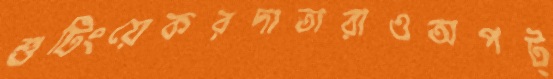
শুটিংয়েকরদাতারাওঅপট্